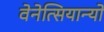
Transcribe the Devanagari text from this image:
वेनेत्सियान्यो